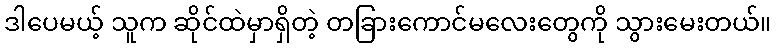
ဒါပေမယ့် သူက ဆိုင်ထဲမှာရှိတဲ့ တခြားကောင်မလေးတွေကို သွားမေးတယ်။